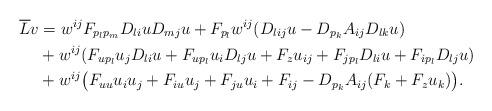
LaTeX: \begin{align*} \overline{L}v &= w^{ij}F_{p_lp_m}D_{li}uD_{mj}u+F_{p_l}w^{ij}(D_{lij}u-D_{p_k}A_{ij}D_{lk}u)\\ &+ w^{ij}(F_{up_l}u_jD_{li}u+F_{up_l}u_iD_{lj}u+F_zu_{ij}+F_{jp_l}D_{li}u+F_{ip_l}D_{lj}u)\\ &+ w^{ij}\big(F_{uu}u_{i}u_j+F_{iu}u_j+F_{ju}u_i+F_{ij}-D_{p_k}A_{ij}(F_k+F_zu_k)\big).\end{align*}